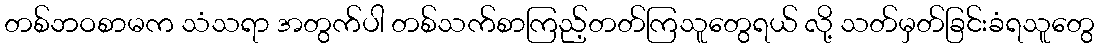
တစ်ဘဝစာမက သံသရာ အတွက်ပါ တစ်သက်စာကြည့်တတ်ကြသူတွေရယ် လို့ သတ်မှတ်ခြင်းခံရသူတွေ